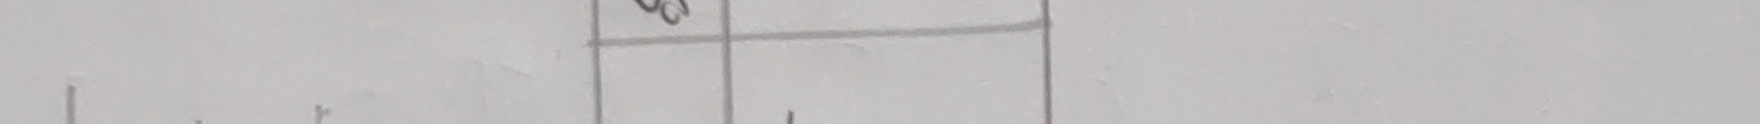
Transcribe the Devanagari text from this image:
७